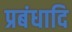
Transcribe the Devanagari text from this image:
प्रबंधादि